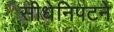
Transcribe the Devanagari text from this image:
सीधेनिपटने